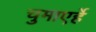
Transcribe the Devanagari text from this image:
चुमाएर्हे